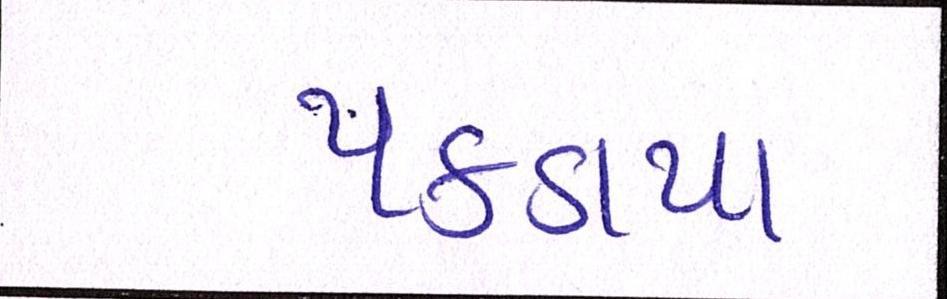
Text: પકડાયા